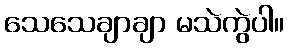
သေသေချာချာ မသဲကွဲပါ။